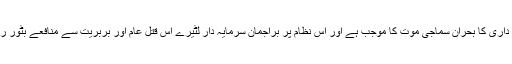
سرمایہ داری کا بحران سماجی موت کا موجب ہے اور اس نظام پر براجمان سرمایہ دار لٹیرے اس قتل عام اور بربریت سے منافعے بٹور رہے ہیں۔